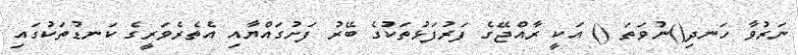
ނަރުވާ ހަނދި()ނުވަތަ () އަކީ ރާއްޖޭގެ ފަރުފަޅުތަކުގެ ބޭރު ފަށުގައްޔާއި އެތެރެވަރީގެ ކަނޑުތަކުގައި